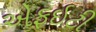
એફઇટી